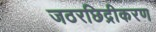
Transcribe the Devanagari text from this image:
जठरछिद्रीकरण